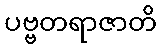
ပဗ္ဗတရာဇာတိ